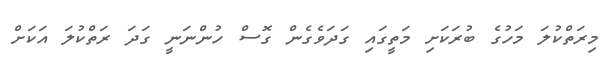
މިރަތްކުލަ މަހުގެ ބުރަކަށި މަތީގައި ގަދަވެގެން ގޮސް ހުންނަނީ ގަދަ ރަތްކުލަ އަކަށް